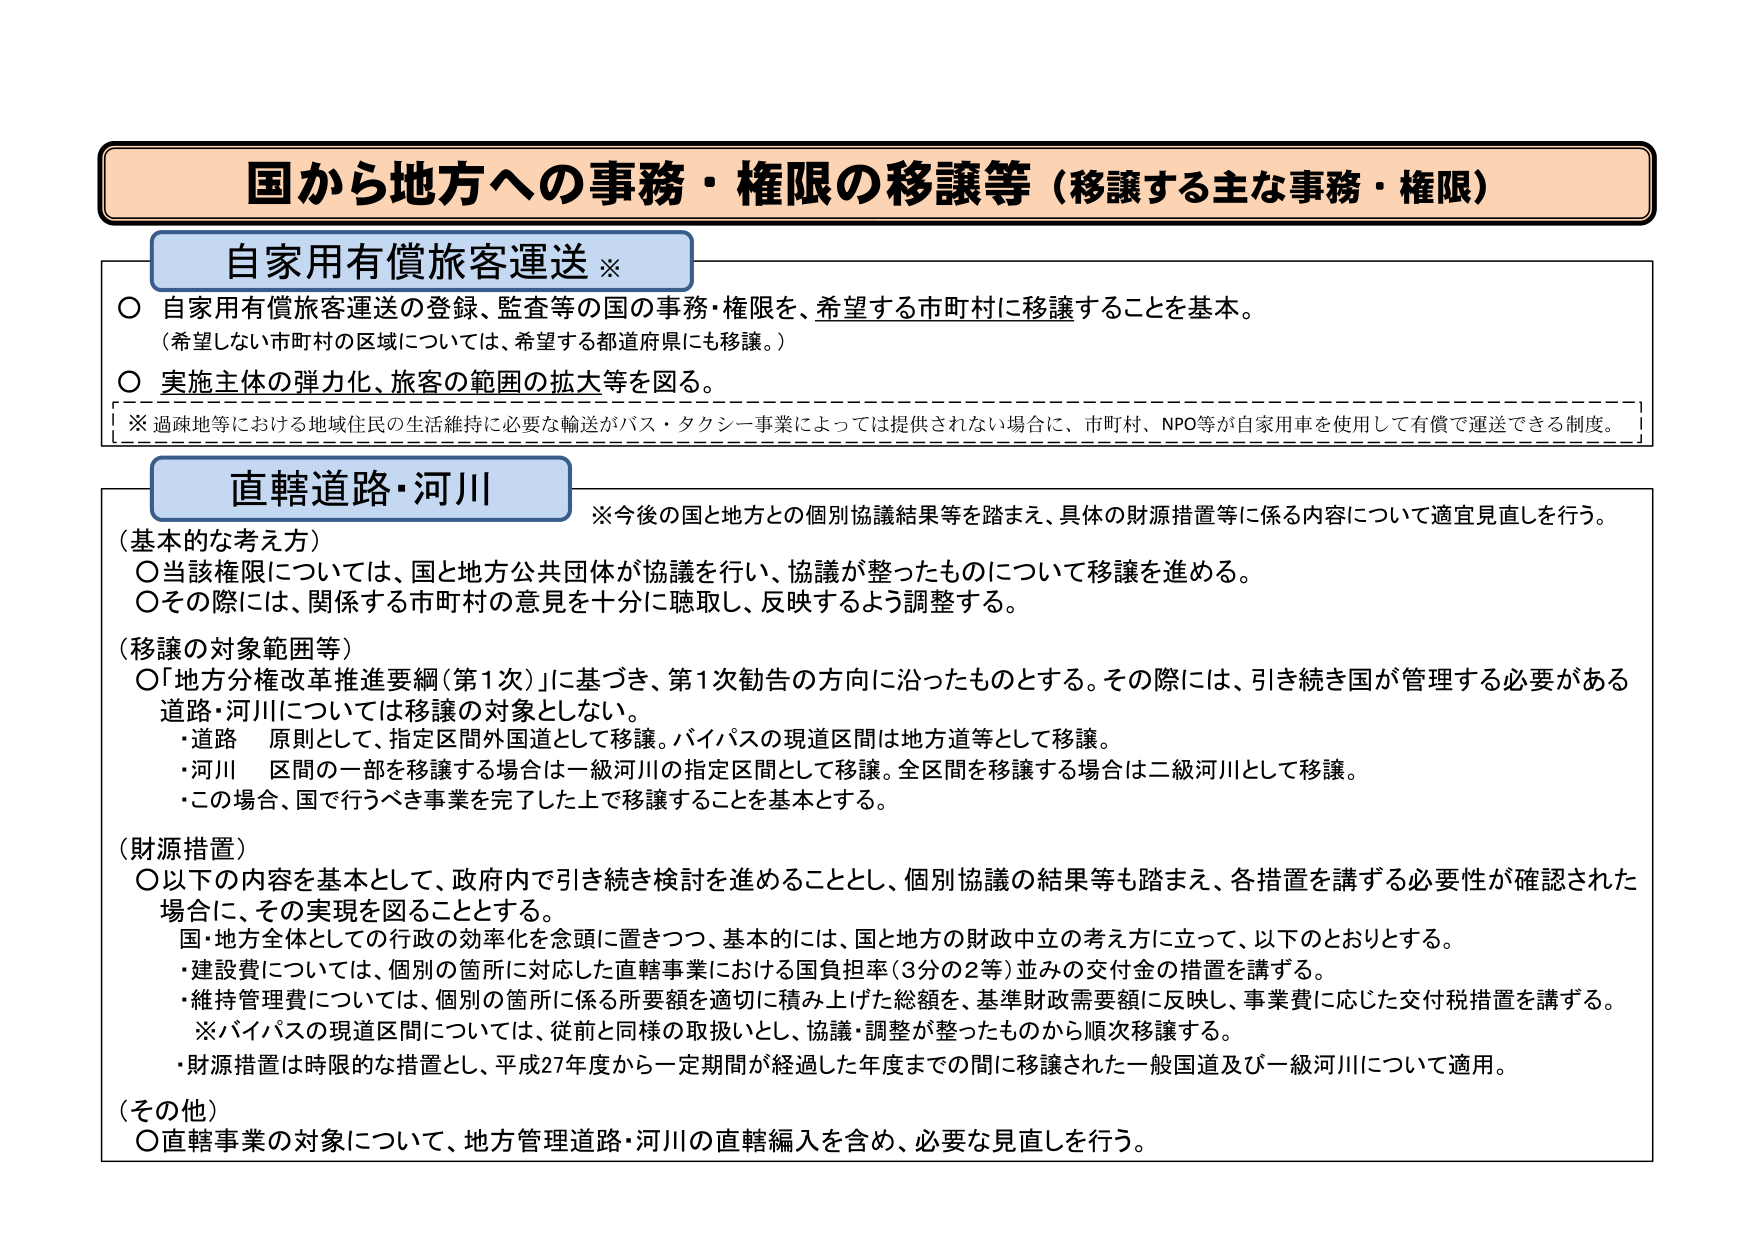
国から地方への事務・権限の移譲等（移譲する主な事務・権限）

自家用有償旅客運送 ※
○ 自家用有償旅客運送の登録、監査等の国の事務・権限を、希望する市町村に移譲することを基本。
（希望しない市町村の区域については、希望する都道府県にも移譲。）
○ 実施主体の弾力化、旅客の範囲の拡大等を図る。
※ 過疎地等における地域住民の生活維持に必要な輸送がバス・タクシー事業によっては提供されない場合に、市町村、NPO等が自家用車を使用して有償で運送できる制度。

直轄道路・河川
※今後の国と地方との個別協議結果等を踏まえ、具体的財源措置等に係る内容について適宜見直しを行う。

（基本的な考え方）
○ 当該権限については、国と地方公共団体が協議を行い、協議が整ったものについて移譲を進める。
○ その際には、関係する市町村の意見を十分に聴取し、反映するよう調整する。

（移譲の対象範囲等）
○ 「地方分権改革推進要綱（第1次）」に基づき、第1次勧告の方向に沿ったものとする。その際には、引き続き国が管理する必要がある道路・河川については移譲の対象としない。
・道路　原則として、指定区間外国道として移譲。バイパスの現道区間は地方道等として移譲。
・河川　区間の一部を移譲する場合は一級河川の指定区間として移譲。全区間を移譲する場合は二級河川として移譲。
・この場合、国で行うべき事業を完了した上で移譲することを基本とする。

（財源措置）
○ 以下の内容を基本として、政府内で引き続き検討を進めることとし、個別協議の結果等も踏まえ、各措置を講ずる必要性が確認された場合に、その実現を図ることとする。
　国・地方全体としての行政の効率化を念頭に置きつつ、基本的には、国と地方の財政中立の考え方に立って、以下のとおりとする。
・建設費については、個別の箇所に対応した直轄事業における国負担率（3分の2等）並みの交付金の措置を講ずる。
・維持管理費については、個別の箇所に係る所要額を適切に積み上げた総額を、基準財政需要額に反映し、事業費に応じた交付税措置を講ずる。
　※ バイパスの現道区間については、従前と同様の取扱いとし、協議・調整が整ったものから順次移譲する。
・財源措置は時限的な措置とし、平成27年度から一定期間が経過した年度までの間に移譲された一般国道及び一級河川について適用。

（その他）
○ 直轄事業の対象について、地方管理道路・河川の直轄編入を含め、必要な見直しを行う。